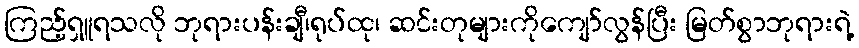
ကြည့်ရှူရသလို ဘုရားပန်းချီ၊ရုပ်ထု၊ ဆင်းတုများကိုကျော်လွန်ပြီး မြတ်စွာဘုရားရဲ့